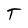
Character: T